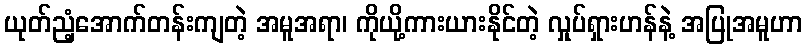
ယုတ်ညံ့အောက်တန်းကျတဲ့ အမူအရာ၊ ကိုယို့ကားယားနိုင်တဲ့ လှုပ်ရှားဟန်နဲ့ အပြုအမူဟာ